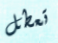
تعطل